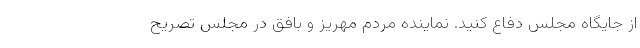
از جایگاه مجلس دفاع کنید. نماینده مردم مهریز و بافق در مجلس تصریح